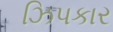
ઝિપકાર